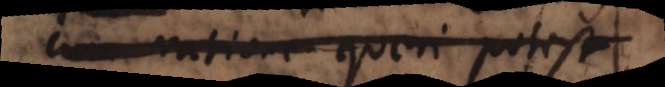
ratione queri pot